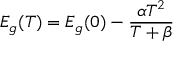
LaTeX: E _ { g } ( T ) = E _ { g } ( 0 ) - { \frac { \alpha T ^ { 2 } } { T + \beta } }